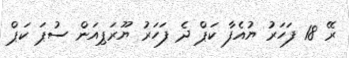
ރޭ 18 ފަހަރު ޔުއެފާ ކަޕް ދެ ފަހަރު ޔޫރަޕިއަން ސުޕަ ކަޕް